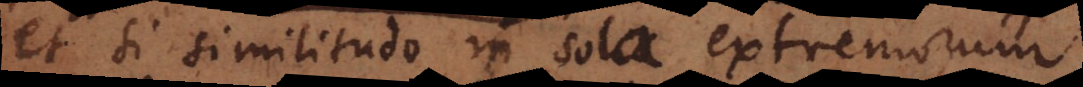
et si similitudo in sola extremorum